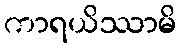
ကာရယိဿာမိ